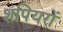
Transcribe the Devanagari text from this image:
शपियरों